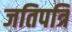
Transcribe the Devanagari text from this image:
जतिपत्रि